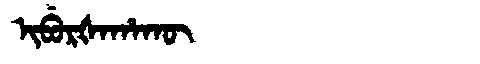
Manchu: ᡳᠪᡠᡵᡧᠠᡥᠠᡴᡡ
Romanization: IBURŠAHAKŪ